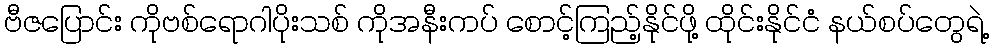
ဗီဇပြောင်း ကိုဗစ်ရောဂါပိုးသစ် ကိုအနီးကပ် စောင့်ကြည့်နိုင်ဖို့ ထိုင်းနိုင်ငံ နယ်စပ်တွေရဲ့